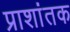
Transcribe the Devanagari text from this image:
प्राशांतक